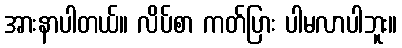
အားနာပါတယ်။ လိပ်စာ ကတ်ပြား ပါမလာပါဘူး။